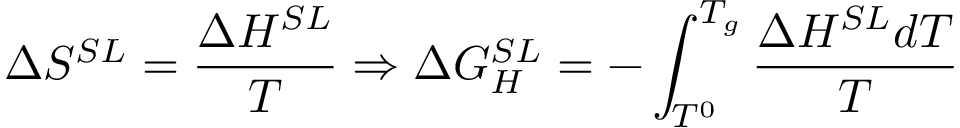
\Delta S ^ { S L } = \frac { \Delta H ^ { S L } } { T } \Rightarrow \Delta G _ { H } ^ { S L } = - \int _ { T ^ { 0 } } ^ { T _ { g } } \frac { \Delta H ^ { S L } d T } { T }